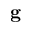
\mathbf { g }